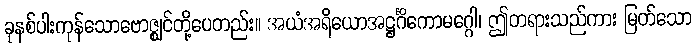
ခုနစ်ပါးကုန်သောဗောဇ္ဈင်တို့ပေတည်း။ အယံအရိယောအဋ္ဌင်္ဂိကောမဂ္ဂေါ၊ ဤတရားသည်ကား မြတ်သော